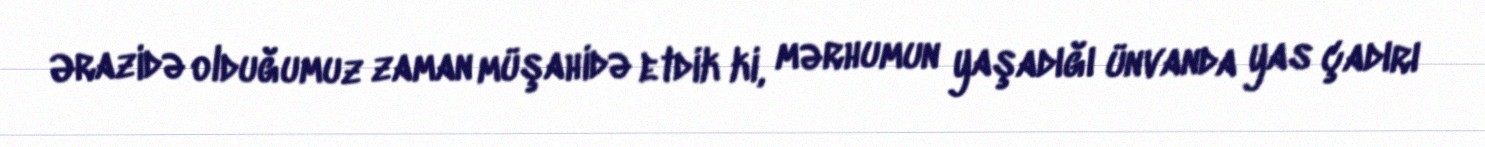
Ərazidə olduğumuz zaman müşahidə etdik ki, mərhumun yaşadığı ünvanda yas çadırı